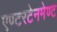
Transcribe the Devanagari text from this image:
एण्टरटेनमेण्ट